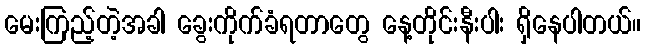
မေးကြည့်တဲ့အခါ ခွေးကိုက်ခံရတာတွေ နေ့တိုင်းနီးပါး ရှိနေပါတယ်။